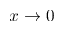
x \to 0